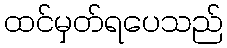
ထင်မှတ်ရပေသည်